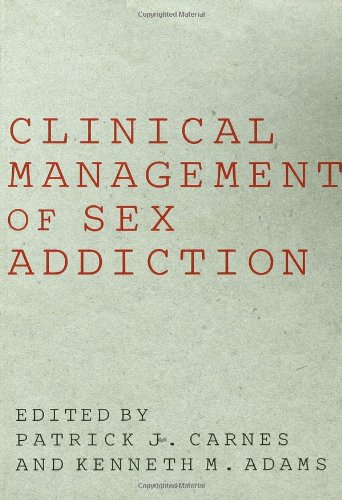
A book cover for Clinical Management of Sex Addiction; Medical Books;